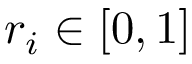
r _ { i } \in [ 0 , 1 ]